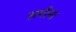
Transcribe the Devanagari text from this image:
सपीना